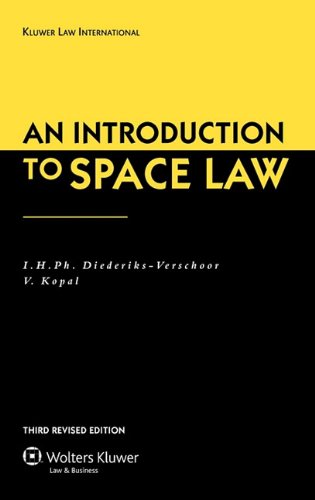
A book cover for An Introduction To Space Law, 3rd Edition; I.H.Ph. Diederiks-Verschoor; Law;